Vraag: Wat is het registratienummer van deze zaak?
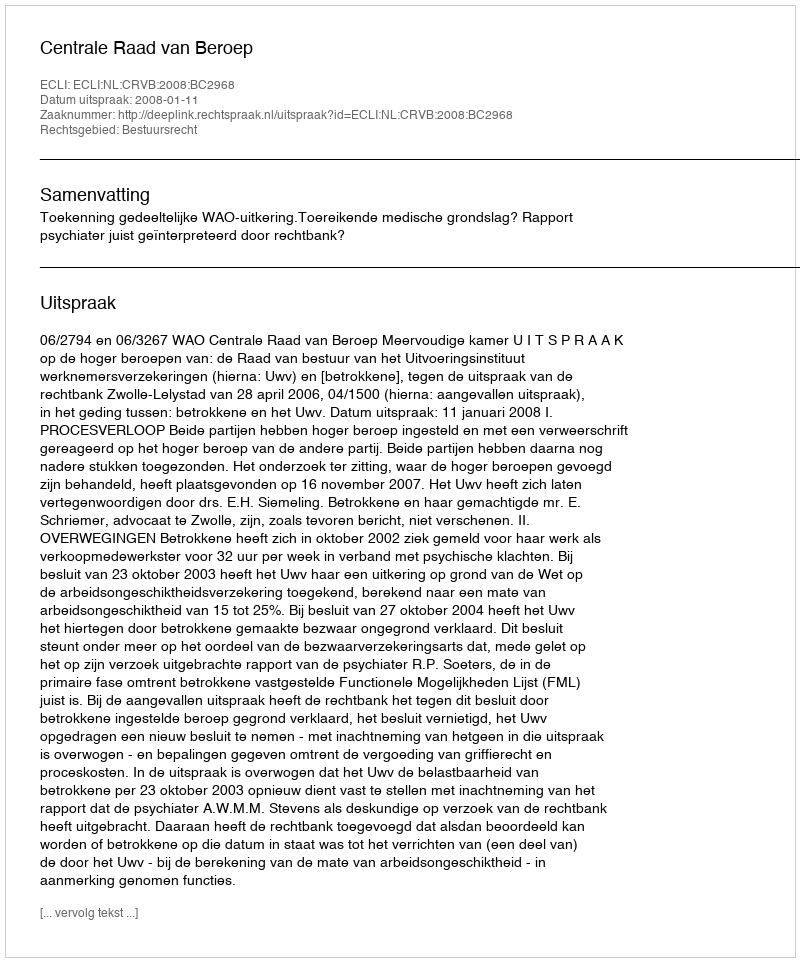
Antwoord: http://deeplink.rechtspraak.nl/uitspraak?id=ECLI:NL:CRVB:2008:BC2968